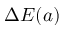
\Delta E ( a )